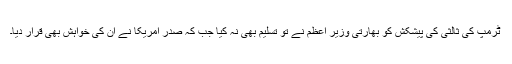
ٹرمپ کی ثالثی کی پیشکش کو بھارتی وزیر اعظم نے تو تسلیم بھی نہ کیا جب کہ صدر امریکا نے ان کی خواہش بھی قرار دیا۔